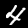
Label: 4